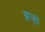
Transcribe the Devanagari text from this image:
ब्रासो